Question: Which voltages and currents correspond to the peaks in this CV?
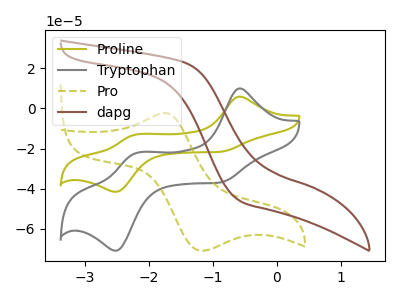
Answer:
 <answer>The olive curve "Proline" has anodic peaks at (-0.60V, 5.80uA) (-2.20V, -13.05uA) and cathodic peaks at (-0.90V, -21.70uA) (-2.50V, -41.55uA). The gray curve "Tryptophan" has anodic peaks at (-0.60V, 9.85uA) (-2.20V, -22.30uA) and cathodic peaks at (-0.90V, -36.95uA) (-2.50V, -70.80uA). The olive dashed curve "Pro" has an anodic peak at (-1.75V, -2.35uA) and a cathodic peak at (-1.20V, -70.80uA). The brown curve "dapg" has no peaks.</answer>
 <eval></eval>